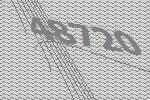
48720